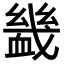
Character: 𧗇